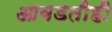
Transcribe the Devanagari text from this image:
आवडतीही